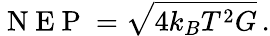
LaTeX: \mathrm{~N~E~P~}=\sqrt{4k_{B}T^{2}G}\, .